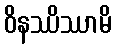
ဝိနဿိဿာမိ